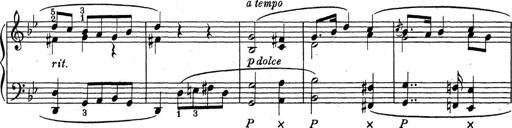
Title: ÄŒeskÃ© Sonatiny
Composer: Various